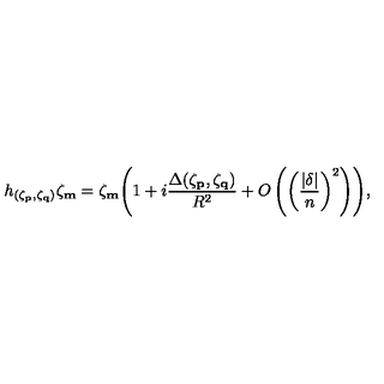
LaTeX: h _ { ( \zeta _ { \bf p } , \zeta _ { \bf q } ) } \zeta _ { \bf m } = \zeta _ { \bf m } \Biggl ( 1 + i \frac { \Delta ( \zeta _ { \bf p } , \zeta _ { \bf q } ) } { R ^ { 2 } } + O \left( \biggl ( \frac { | \mathrm { \boldmath \delta } | } { n } \biggr ) ^ { 2 } \right) \Biggr ) ,